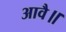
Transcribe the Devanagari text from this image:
आवै॥